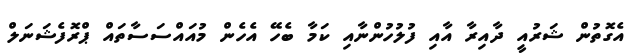
އެގޮތުން ޝަރުއީ ދާއިރާ އާއި ފުލުހުންނާއި ކަމާ ބެހޭ އެހެން މުއައްސަސާތައް ޕްރޮފެޝަނަލް